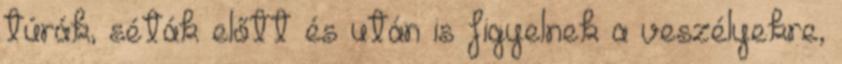
túrák, séták előtt és után is figyelnek a veszélyekre,